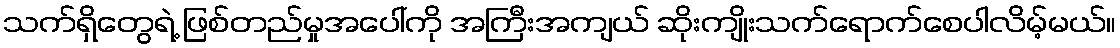
သက်ရှိတွေရဲ့ ဖြစ်တည်မှုအပေါ်ကို အကြီးအကျယ် ဆိုးကျိုးသက်ရောက်စေပါလိမ့်မယ်။